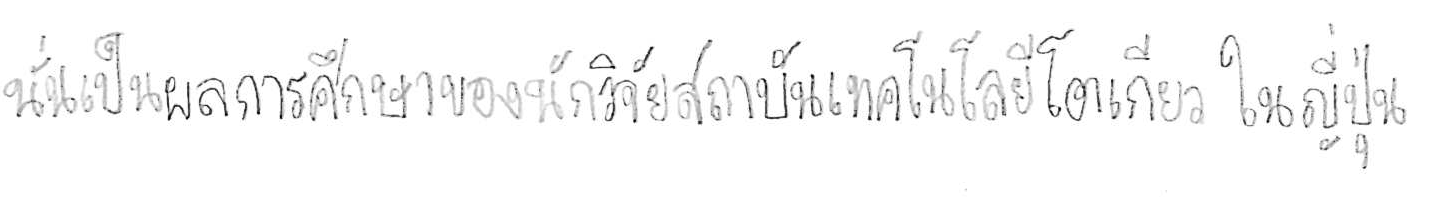
นั่นเป็นผลการศึกษาของนักวิจัยสถาบันเทคโนโลยีโตเกียว ในญี่ปุ่น